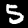
Label: 5